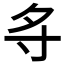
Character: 𪧷